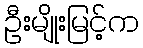
ဦးမျိုးမြင့်က